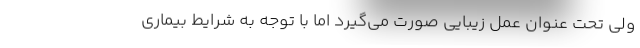
ولی تحت عنوان عمل زیبایی صورت می‌گیرد اما با توجه به شرایط بیماری